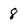
Character: 8